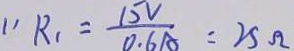
1 1 R _ { 1 } = \frac { 1 5 V } { 0 . 6 A } = 2 5 \Omega